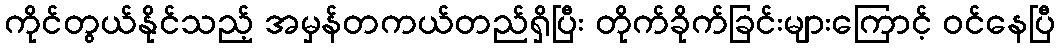
ကိုင်တွယ်နိုင်သည့် အမှန်တကယ်တည်ရှိပြီး တိုက်ခိုက်ခြင်းများကြောင့် ဝင်နေပြီ